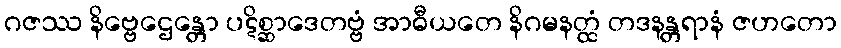
ဂဇဿ နိဗ္ဗေဌေန္တော ပဋိစ္ဆာဒေတဗ္ဗံ အာဓီယတေ နိဂမနတ္ထံ တဒနန္တရာနံ ဇဟတော